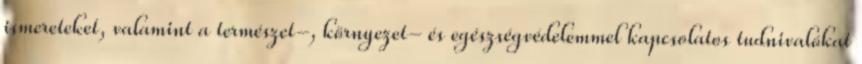
ismereteket, valamint a természet-, környezet- és egészségvédelemmel kapcsolatos tudnivalókat